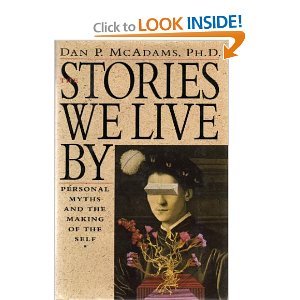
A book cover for The Stories We Live by: Personal Myths and the Making of the Self; Dan P. McAdams; Self-Help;